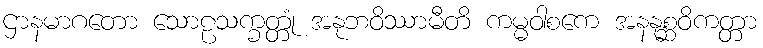
ဌာနမာဂတော သောဠသက္ခတ္တုံ အနုဘဝိဿာမီတိ ကမ္မဝါစကေ အနနုစ္ဆဝိကတ္တာ